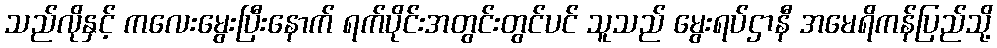
သည်လိုနှင့် ကလေးမွေးပြီးနောက် ရက်ပိုင်းအတွင်းတွင်ပင် သူသည် မွေးရပ်ဌာနီ အမေရိကန်ပြည်သို့